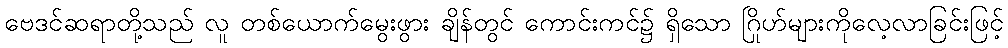
ဗေဒင်ဆရာတို့သည် လူ တစ်ယောက်မွေးဖွား ချိန်တွင် ကောင်းကင်၌ ရှိသော ဂြိုဟ်များကိုလေ့လာခြင်းဖြင့်